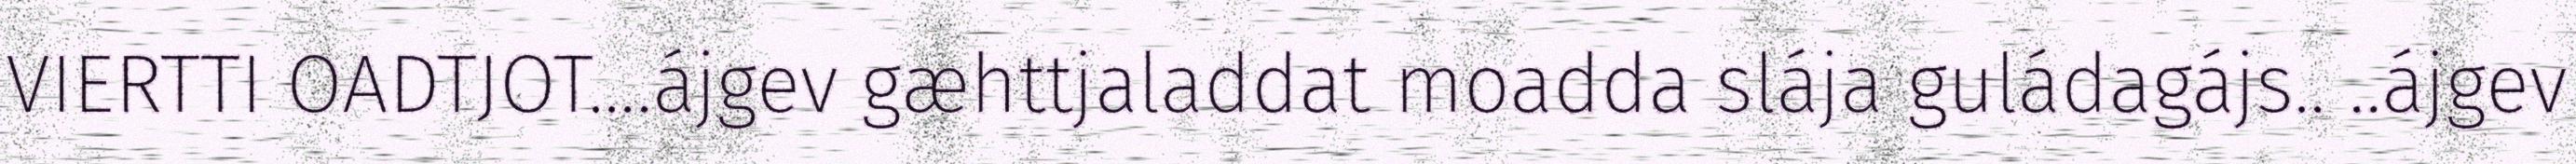
VIERTTI OADTJOT....ájgev gæhttjaladdat moadda slája guládagájs.. ..ájgev